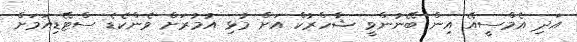
އަދި އެމްސީއޭ އިން ބޭނުންވީ ޝާހްރުކް އަށް މުޅި އުމުރަށް ވެންކެޑެ ސްޓޭޑިއަމަށް